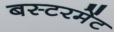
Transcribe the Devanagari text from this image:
बस्टरमेंट